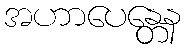
အဟာပေန္တေန